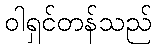
ဝါရှင်တန်သည်